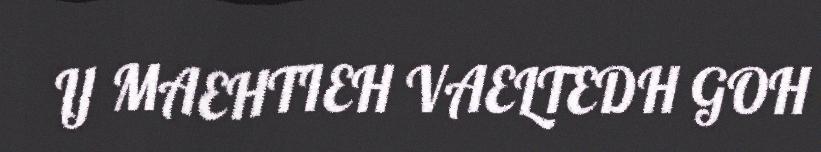
IJ MAEHTIEH VAELTEDH GOH